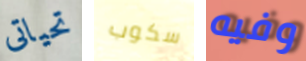
تحياتى سكوب وفيه